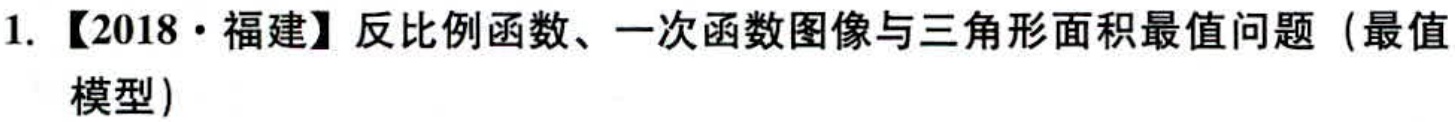
1. 【2018·福建】反比例函数、一次函数图像与三角形面积最值问题（最值模型）